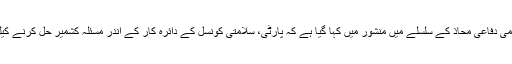
اس لیے خارجہ پالیسی اور قومی دفاعی محاذ کے سلسلے میں منشور میں کہا گیا ہے کہ پارٹی، سلامتی کونسل کے دائرہ کار کے اندر مسئلہ کشمیر حل کرنے کیلئے ایک خاکہ تیار کرے گی۔